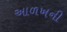
આળખની